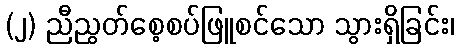
(၂) ညီညွတ်စေ့စပ်ဖြူစင်သော သွားရှိခြင်း၊